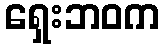
ရှေးဘဝက